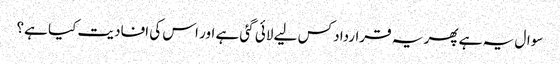
سوال یہ ہے پھر یہ قرارداد کس لیے لائی گئی ہے اور اس کی افادیت کیا ہے؟